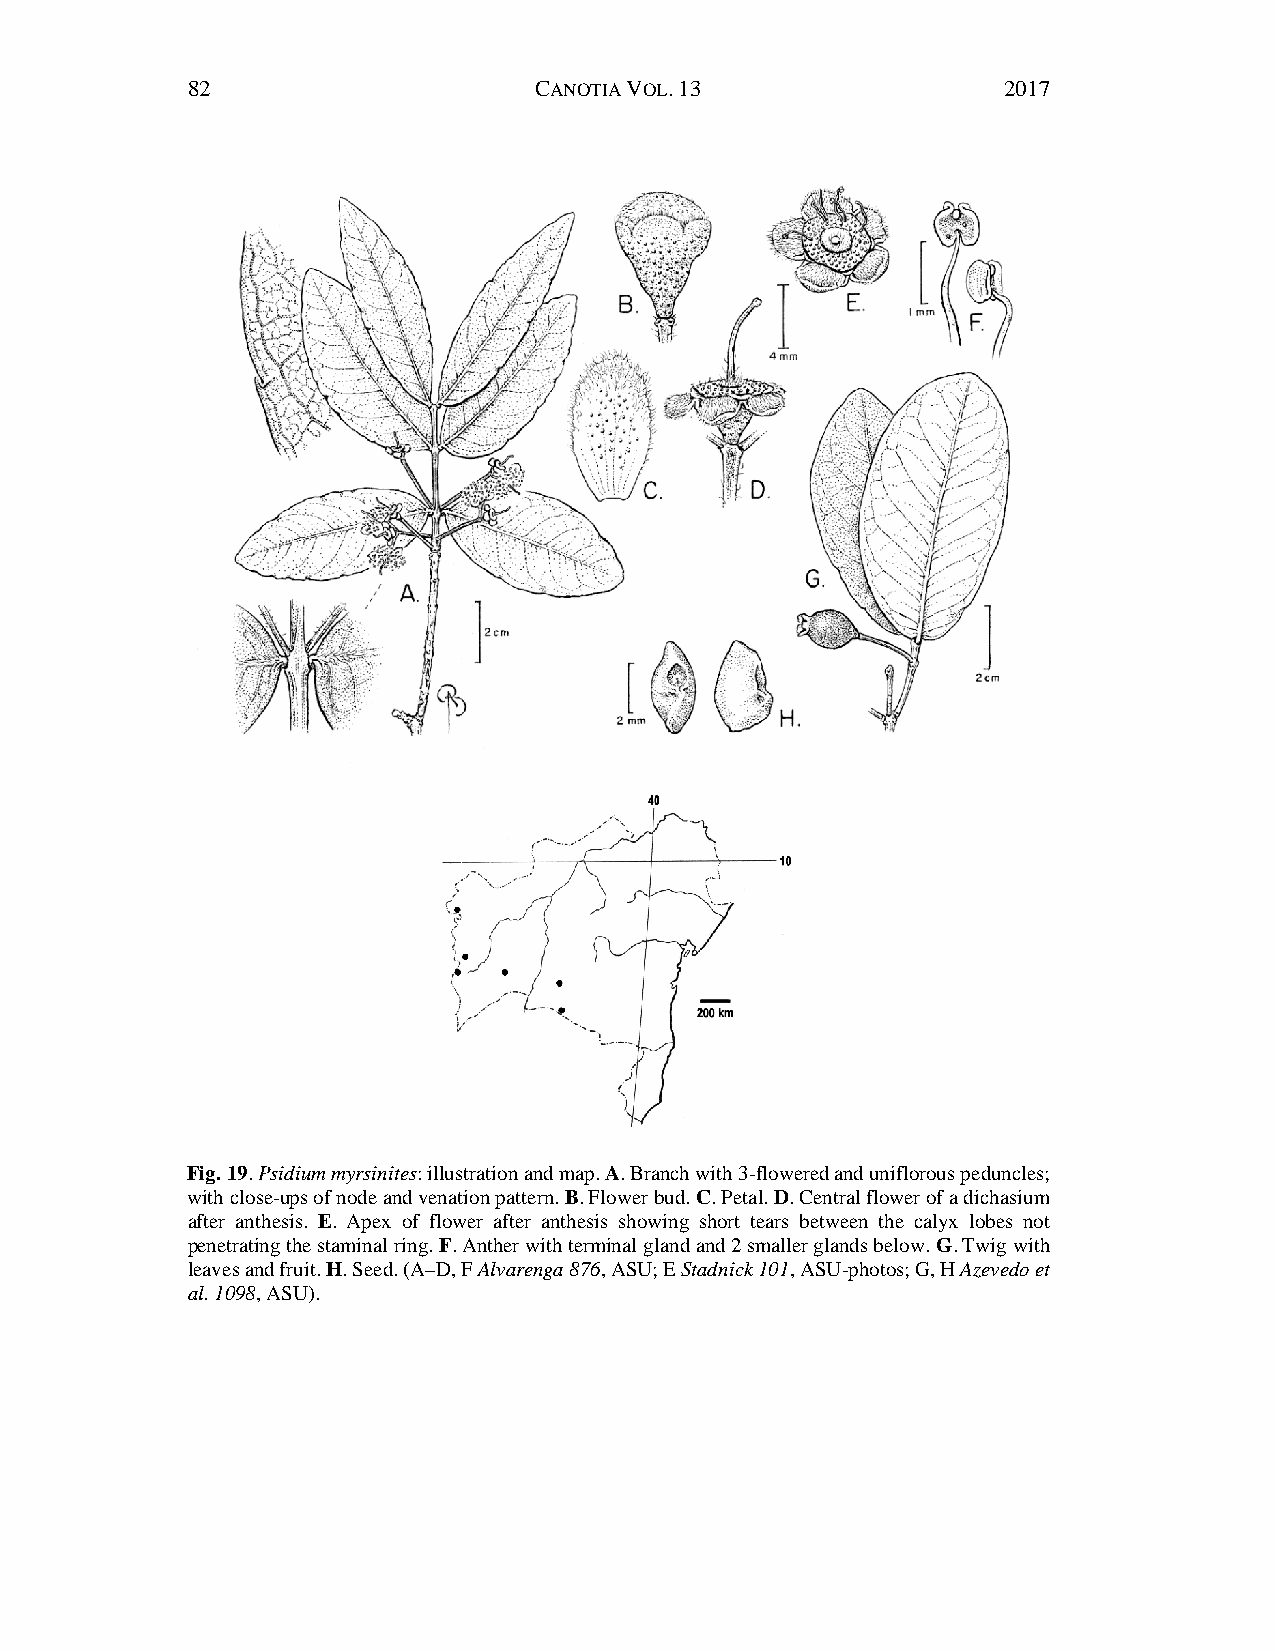
82                     CANOTIA VOL. 13                2017
 Fig. 19. Psidium myrsinites: illustration and map. A. Branch with 3-flowered and uniflorous peduncles;
 with close-ups of node and venation pattern. B. Flower bud. C. Petal. D. Central flower of a dichasium
 after anthesis. E. Apex of flower after anthesis showing short tears between the calyx lobes not
 penetrating the staminal ring. F. Anther with terminal gland and 2 smaller glands below. G. Twig with
 leaves and fruit. H. Seed. (A–D, F Alvarenga 876, ASU; E Stadnick 101, ASU-photos; G, H Azevedo et
 al. 1098, ASU).